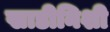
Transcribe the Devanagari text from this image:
खाडीनिशी